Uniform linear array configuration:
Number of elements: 16
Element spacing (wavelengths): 0.25
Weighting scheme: kaiser
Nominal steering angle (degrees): -30
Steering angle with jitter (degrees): -29.824
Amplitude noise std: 0.05
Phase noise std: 0.05

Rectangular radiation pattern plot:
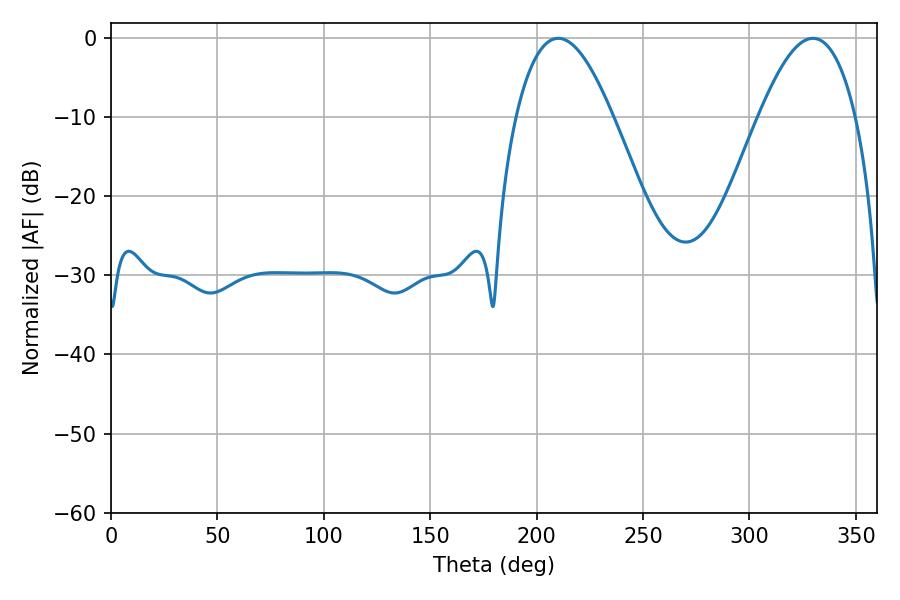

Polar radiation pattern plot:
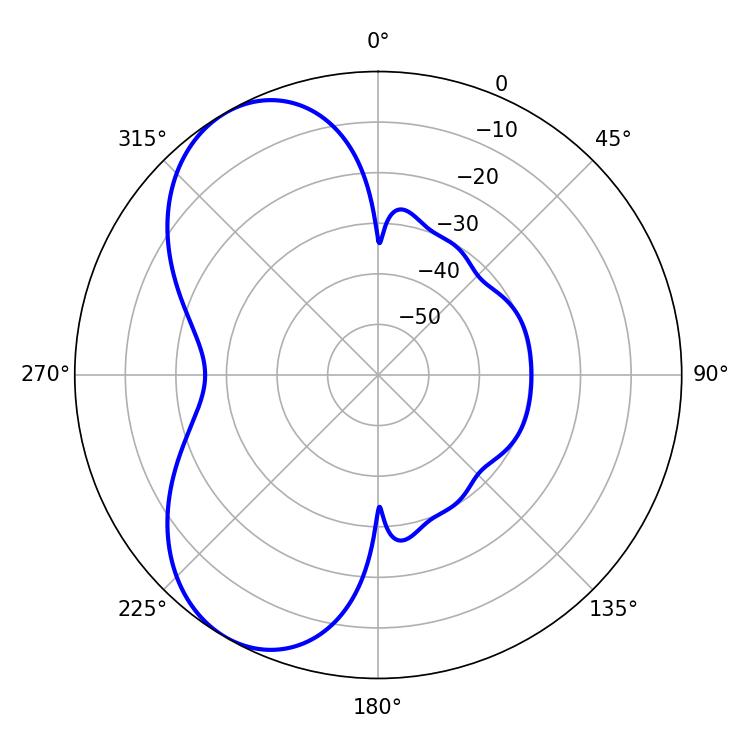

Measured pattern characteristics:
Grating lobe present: FALSE
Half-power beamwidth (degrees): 25.02
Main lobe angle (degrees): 210.24